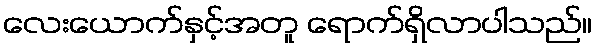
လေးယောက်နှင့်အတူ ရောက်ရှိလာပါသည်။